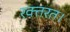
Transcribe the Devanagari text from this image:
रक्तरत।